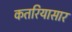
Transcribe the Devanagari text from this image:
कतरियासार